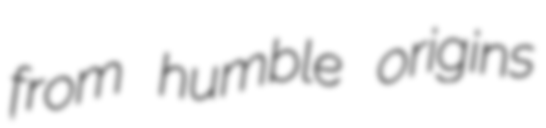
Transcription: from humble origins